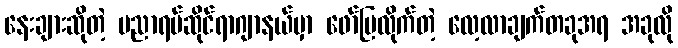
နေးချားဆိုတဲ့ ပညာရပ်ဆိုင်ရာဂျာနယ်မှာ ဖော်ပြလိုက်တဲ့ လေ့လာချက်တခုအရ အခုလို